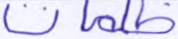
ظلمات